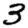
Digit: 3